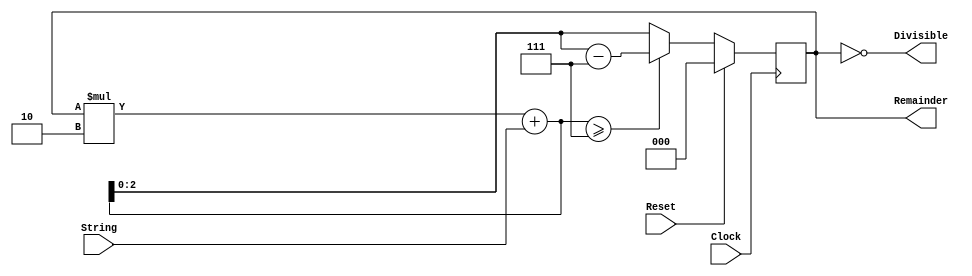
module Binary_Divisibility_By_7
(
String,
Clock,
Reset,
Remainder,
Divisible
);
input String;
input Clock;
input Reset;
output reg [2:0] Remainder = 0;
output Divisible;
assign Divisible = Remainder == 3'b000;
always @(posedge Clock) begin
	if (Reset == 1'b1) 
		Remainder <= 3'b000;
	else 
		Remainder <= ((Remainder * 2) + String) >= 7 ? ((Remainder * 2) + String)-7 : ((Remainder * 2) + String);
end
endmodule